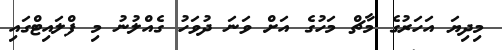
މިދިޔަ އަހަރުގެ މާޗް މަހުގެ އަށް ވަނަ ދުވަހު ގެއްލުނު މި ފްލައިޓްގައި